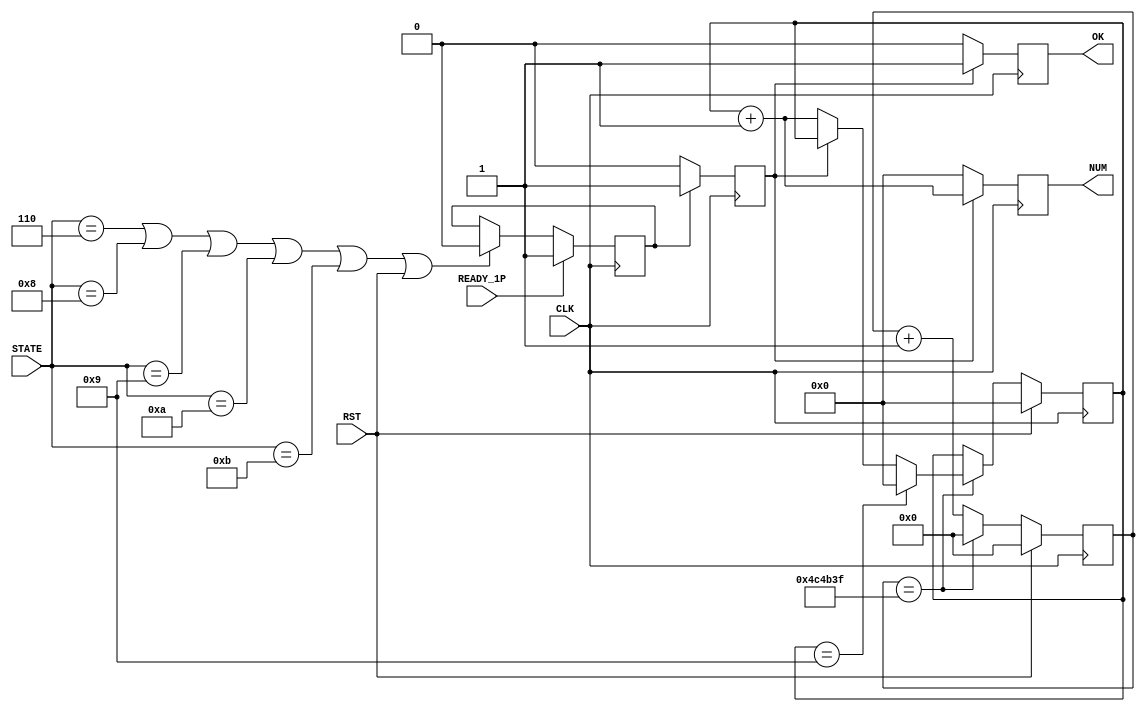
module READY(
  input CLK, RST, READY_1P,
  input [3:0] STATE,
  output reg[3:0] NUM,
  output reg OK
);//1HZ?????????


reg  run_in;//??????????????????1????
reg  keep_1;
reg READY_2P;

initial begin
  run_in <= 0;
  keep_1 = 0;
  READY_2P <= 1;//2p???????????
end

always @(posedge CLK)begin
  if(READY_1P)   //1P
    keep_1 <= 1;
    else if(STATE == 4'b0110 || STATE == 4'b1000 || STATE == 4'b1001 || STATE == 4'b1010 || STATE == 4'b1011 || RST) //STATE == DRAW,GOOD,OUCH,WIN,LOSE
    keep_1 <= 0;
    else
    keep_1 <= keep_1;
end 

always @(posedge CLK)begin
  if(keep_1 && READY_2P)                   //
    run_in <= 1;
  else 
    run_in <= 0;
end



reg [25:0] cnt;
wire en1hz = (cnt == 26'd49_999_99);
always @(posedge CLK)begin
  if(RST)
    cnt <= 26'b0;
  else if(en1hz)
    cnt <= 26'b0;
  else
    cnt <= cnt + 26'b1;//??????????????????????????
end//10?????

reg [3:0] sec;
always @(posedge CLK)begin
  if(RST)
    sec <= 4'h0;
  else if(en1hz)
    if(sec == 4'h9)
      sec <= 4'h0;
    else if(run_in != 1)
      sec <= sec + 4'h1;    //sec?en1hz???????????????. sec??????????????????????
end


always @(posedge CLK)begin
  if(run_in)begin
    //NUM <= 4'd5;
    NUM <= sec + 1;//DB?????????
    OK <= 1;//????????????
  end
  else begin
    NUM <= 4'b0;
    OK <= 0;
  end
end
endmodule